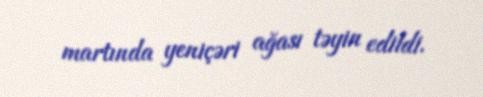
martında yeniçəri ağası təyin edildi.